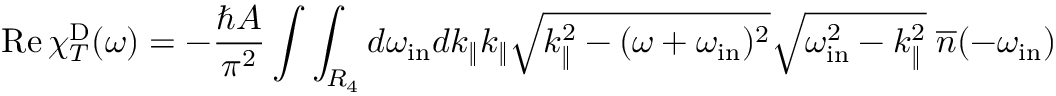
\mathrm { R e } \, \chi _ { T } ^ { \mathrm { D } } ( \omega ) = - \frac { \hbar A } { \pi ^ { 2 } } \int \int _ { R _ { 4 } } d \omega _ { \mathrm { i n } } d k _ { \| } k _ { \| } \sqrt { k _ { \| } ^ { 2 } - ( \omega + \omega _ { \mathrm { i n } } ) ^ { 2 } } \sqrt { \omega _ { \mathrm { i n } } ^ { 2 } - k _ { \| } ^ { 2 } } \; { \overline { { n } } } ( - \omega _ { \mathrm { i n } } )